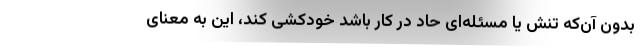
بدون آن‌که تنش یا مسئله‌ای حاد در کار باشد خودکشی کند، این به معنای